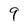
Character: 9